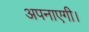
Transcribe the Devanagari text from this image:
अपनाएगी।